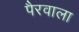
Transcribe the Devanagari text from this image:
पैरवाला